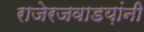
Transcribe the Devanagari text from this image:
राजेरजवाडय़ांनी